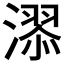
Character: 𣽓